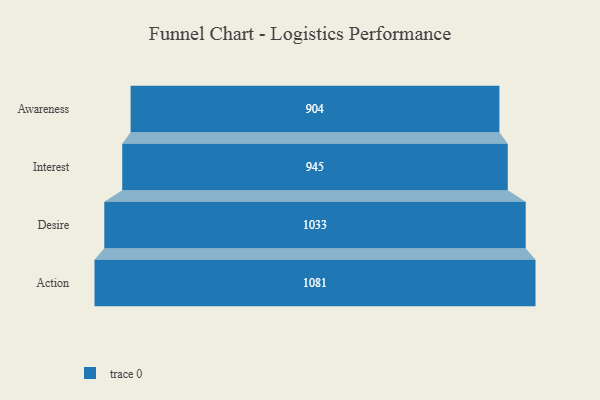
{"axis": {"x": "Stage", "y": "Value"}, "legend": [""], "data": [{"x": "Awareness", "y": 904.0, "type": ""}, {"x": "Interest", "y": 945.0, "type": ""}, {"x": "Desire", "y": 1033.0, "type": ""}, {"x": "Action", "y": 1081.0, "type": ""}]}